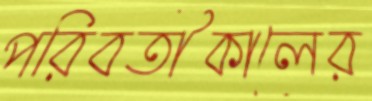
পরিবর্তীকালের